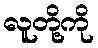
လူတို့ကို